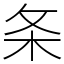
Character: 条